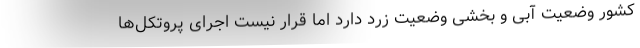
کشور وضعیت آبی و بخشی وضعیت زرد دارد اما قرار نیست اجرای پروتکل‌ها